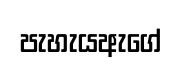
පැහැයඇගේ